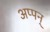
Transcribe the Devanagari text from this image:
अप्पन्